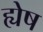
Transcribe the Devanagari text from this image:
ह्येष